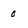
Character: 0